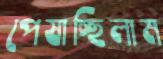
পেষাচ্ছিলাম